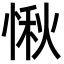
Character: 愀